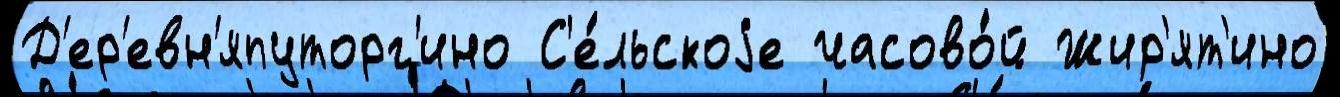
Д'ер'евн'япуторг'ино С'е́льскоjе часово́й Жир'ят'ино